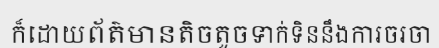
ក៏ដោយព័ត៌មានតិចតួចទាក់ទិននឹងការចរចា